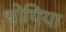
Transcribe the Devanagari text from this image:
थोपिया